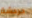
دردشة